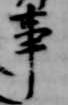
事